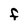
Character: F